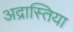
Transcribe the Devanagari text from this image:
अद्रास्तिया